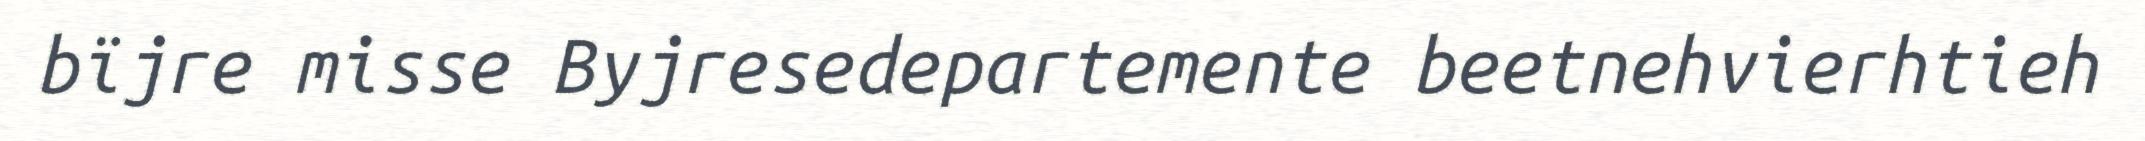
bïjre misse Byjresedepartemente beetnehvierhtieh